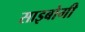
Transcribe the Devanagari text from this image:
साइबोगी